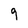
Character: 9